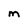
Character: m